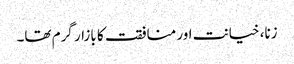
زنا، خیانت اور منافقت کا بازار گرم تھا۔